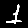
Digit: 1